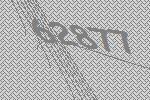
62877